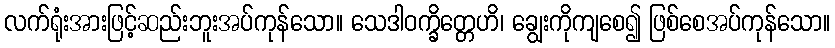
လက်ရုံးအားဖြင့်ဆည်းဘူးအပ်ကုန်သော။ သေဒါဝက္ခိတ္တေဟိ၊ ချွေးကိုကျစေ၍ ဖြစ်စေအပ်ကုန်သော။